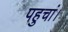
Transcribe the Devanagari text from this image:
पहुचां।